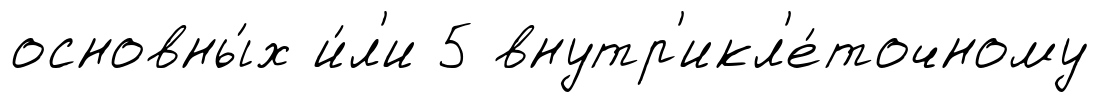
основны́х и́л'и 5 внутр'икл'е́точному